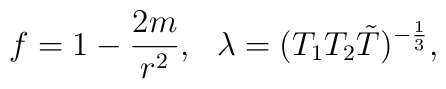
f=1-{{2m}\over r^2}, \ \ \lambda=(T_1T_2\tilde T)^{-{1\over 3}},